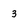
Character: 3